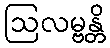
ဩလမ္ဗန္တိ